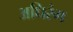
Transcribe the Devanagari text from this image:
अधिरंग